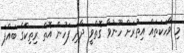
މި ވާހަކަތައް އިތުރަށް ހޫނުވާ ގޮތްވީ ދާދި ފަހުން އޮތް ރިތިކްގެ ބައްޕަ